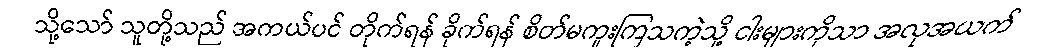
သို့သော် သူတို့သည် အကယ်ပင် တိုက်ရန် ခိုက်ရန် စိတ်မကူးကြသကဲ့သို့ ငါးများကိုသာ အလုအယက်